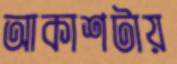
আকাশটায়